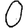
Digit: 0